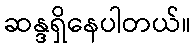
ဆန္ဒရှိနေပါတယ်။